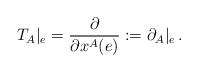
\begin{align*}T_{A}|_{e}=\frac{\partial }{\partial x^{A}(e)}:=\partial_{A}|_{e} \,.\end{align*}